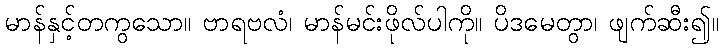
မာန်နှင့်တကွသော။ ဗာရဗလံ၊ မာန်မင်းဖိုလ်ပါကို။ ပိဒမေတွာ၊ ဖျက်ဆီး၍။